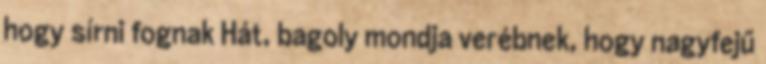
hogy sírni fognak Hát, bagoly mondja verébnek, hogy nagyfejű